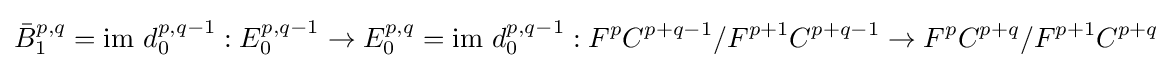
{\bar {B}}_{1}^{p,q}={\mbox{im }}d_{0}^{p,q-1}:E_{0}^{p,q-1}\rightarrow E_{0}^{p,q}={\mbox{im }}d_{0}^{p,q-1}:F^{p}C^{p+q-1}/F^{p+1}C^{p+q-1}\rightarrow F^{p}C^{p+q}/F^{p+1}C^{p+q}